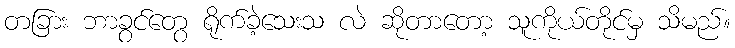
တခြား ဘာခွင်တွေ ရိုက်ခဲ့သေးသ လဲ ဆိုတာတော့ သူကိုယ်တိုင်မှ သိမည်။